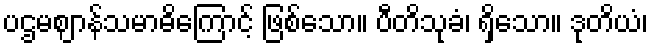
ပဌမဈာန်သမာဓိကြောင့် ဖြစ်သော။ ပီတိသုခံ၊ ရှိသော။ ဒုတိယံ၊